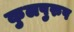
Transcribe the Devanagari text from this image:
कुलपुरुष